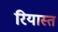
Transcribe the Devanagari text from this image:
रियास्त